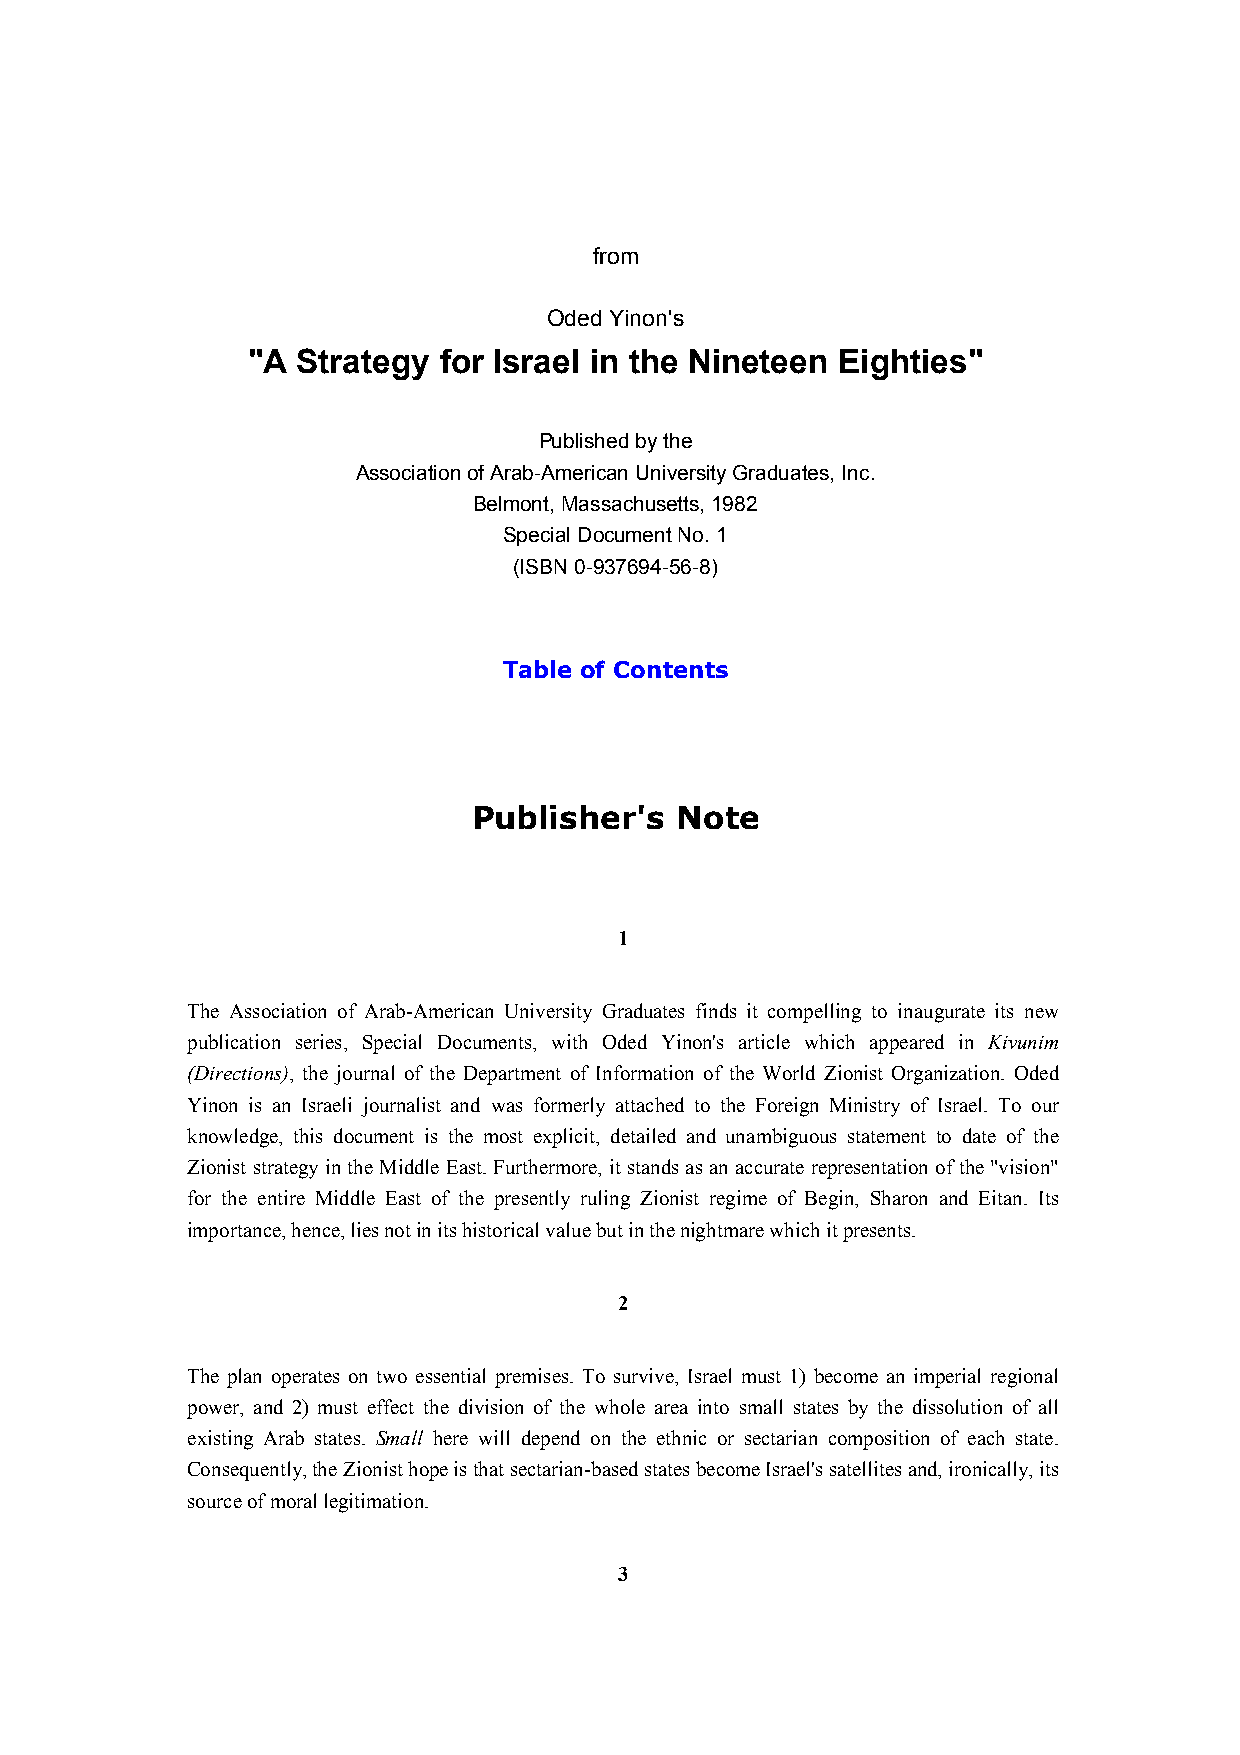
from
 Oded Yinon's
 "A  Strategy for Israel in the Nineteen Eighties"
 Published by the
 Association of Arab-American University Graduates, Inc.
 Belmont, Massachusetts, 1982
 Special Document No. 1
 (ISBN 0-937694-56-8)
 Table of Contents
 Publisher's   Note
 1
 The Association of Arab-American University Graduates finds it compelling to inaugurate its new
 publication series, Special Documents, with Oded Yinon's article which appeared in Kivunim
 (Directions), the journal of the Department of Information of the World Zionist Organization. Oded
 Yinon is an Israeli journalist and was formerly attached to the Foreign Ministry of Israel. To our
 knowledge, this document is the most explicit, detailed and unambiguous statement to date of the
 Zionist strategy in the Middle East. Furthermore, it stands as an accurate representation of the "vision"
 for the entire Middle East of the presently ruling Zionist regime of Begin, Sharon and Eitan. Its
 importance, hence, lies not in its historical value but in the nightmare which it presents.
 2
 The plan operates on two essential premises. To survive, Israel must 1) become an imperial regional
 power, and 2) must effect the division of the whole area into small states by the dissolution of all
 existing Arab states. Small here will depend on the ethnic or sectarian composition of each state.
 Consequently, the Zionist hope is that sectarian-based states become Israel's satellites and, ironically, its
 source of moral legitimation.
 3